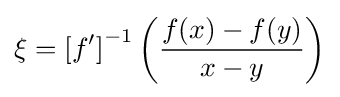
\xi =\left[f'\right]^{-1}\left({\frac {f(x)-f(y)}{x-y}}\right)